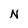
Character: N